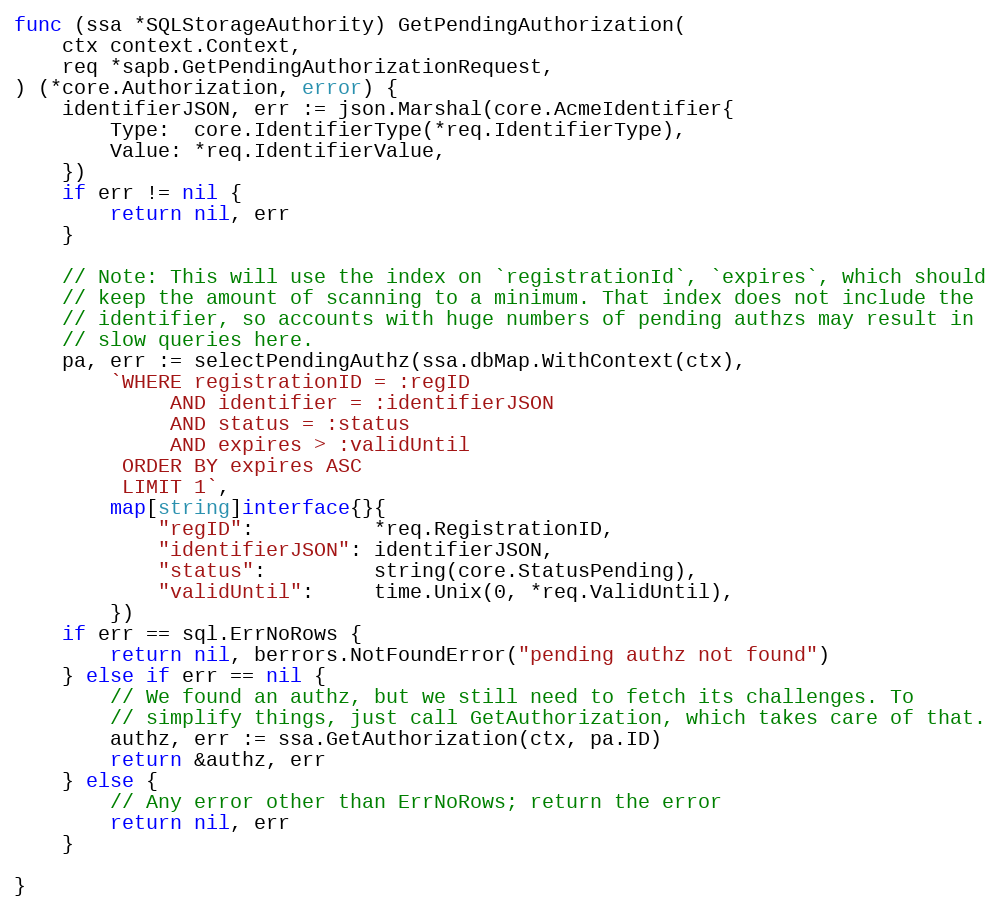
Language: Go
func (ssa *SQLStorageAuthority) GetPendingAuthorization(
	ctx context.Context,
	req *sapb.GetPendingAuthorizationRequest,
) (*core.Authorization, error) {
	identifierJSON, err := json.Marshal(core.AcmeIdentifier{
		Type:  core.IdentifierType(*req.IdentifierType),
		Value: *req.IdentifierValue,
	})
	if err != nil {
		return nil, err
	}

	// Note: This will use the index on `registrationId`, `expires`, which should
	// keep the amount of scanning to a minimum. That index does not include the
	// identifier, so accounts with huge numbers of pending authzs may result in
	// slow queries here.
	pa, err := selectPendingAuthz(ssa.dbMap.WithContext(ctx),
		`WHERE registrationID = :regID
			 AND identifier = :identifierJSON
			 AND status = :status
			 AND expires > :validUntil
		 ORDER BY expires ASC
		 LIMIT 1`,
		map[string]interface{}{
			"regID":          *req.RegistrationID,
			"identifierJSON": identifierJSON,
			"status":         string(core.StatusPending),
			"validUntil":     time.Unix(0, *req.ValidUntil),
		})
	if err == sql.ErrNoRows {
		return nil, berrors.NotFoundError("pending authz not found")
	} else if err == nil {
		// We found an authz, but we still need to fetch its challenges. To
		// simplify things, just call GetAuthorization, which takes care of that.
		authz, err := ssa.GetAuthorization(ctx, pa.ID)
		return &authz, err
	} else {
		// Any error other than ErrNoRows; return the error
		return nil, err
	}

}